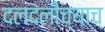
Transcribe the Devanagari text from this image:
दलदलीच्याच